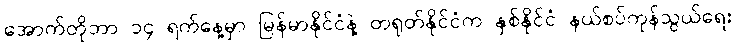
အောက်တိုဘာ ၁၄ ရက်နေ့မှာ မြန်မာနိုင်ငံနဲ့ တရုတ်နိုင်ငံက နှစ်နိုင်ငံ နယ်စပ်ကုန်သွယ်ရေး